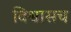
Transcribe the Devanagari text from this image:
विश्वासच